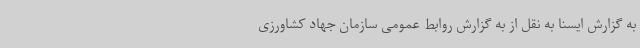
به گزارش ایسنا به نقل از به گزارش روابط عمومی سازمان جهاد کشاورزی